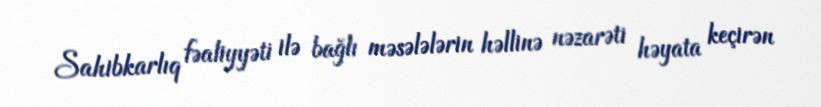
Sahibkarlıq fəaliyyəti ilə bağlı məsələlərin həllinə nəzarəti həyata keçirən